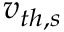
v _ { t h , s }